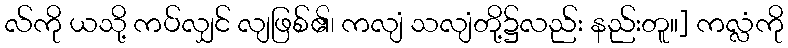
လ်ကို ယသို့ ကပ်လျှင် လျဖြစ်၏၊ ကလျံ သလျံတို့၌လည်း နည်းတူ။] ကလ္လံကို